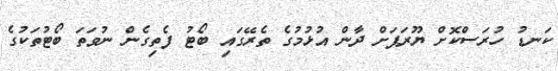
ކަނޑު ހުރަސްކޮށް ޔޫރަޕަށް ދާން އުޅުމުގެ ތެރޭގައި ބޯޓު ފެތިގެން ނުވަތަ ބޯޓުތަކުގެ